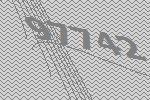
97742